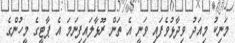
މަނިކު މިއަދު ވިދާޅުވެފައި ވަނީ އެ ތަން ރޫޅާލައިފިނަމަ އެ ޕާޓީގެ މީހުންގެ